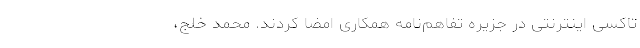
تاکسی‌ اینترنتی در جزیره تفاهم‌نامه همکاری امضا کردند. محمد خلج،